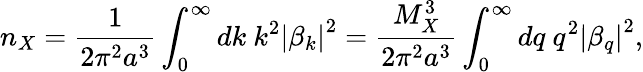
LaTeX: n_{X}=\frac{1}{2\pi^{2}a^{3}}\int_{0}^{\infty}dk\ k^{2}\left|\beta_{k}\right|^{2}=\frac{M_{X}^{3}}{2\pi^{2}a^{3}}\int_{0}^{\infty}dq\ q^{2}\left|\beta_{q}\right|^{2},